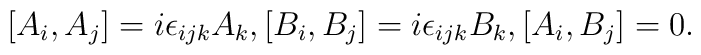
[A_i,A_j]=i\epsilon_{ijk} A_k, [B_i,B_j]=i\epsilon_{ijk} B_k , [A_i,B_j]=0.